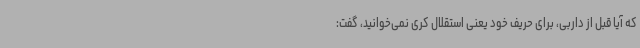
که آیا قبل از داربی، برای حریف خود یعنی استقلال کری نمی‌خوانید، گفت: